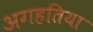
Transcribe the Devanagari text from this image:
अगहतिया